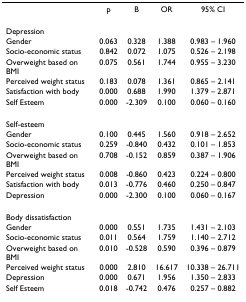
<table><thead><tr><td></td><td><b>p</b></td><td><b>B</b></td><td><b>OR</b></td><td><b>95% CI</b></td></tr></thead><tbody><tr><td>Depression</td><td></td><td></td><td></td><td></td></tr><tr><td>Gender</td><td>0.063</td><td>0.328</td><td>1.388</td><td>0.983 – 1.960</td></tr><tr><td>Socio-economic status</td><td>0.842</td><td>0.072</td><td>1.075</td><td>0.526 – 2.198</td></tr><tr><td>Overweight based on BMI</td><td>0.075</td><td>0.561</td><td>1.744</td><td>0.955 – 3.230</td></tr><tr><td>Perceived weight status</td><td>0.183</td><td>0.078</td><td>1.361</td><td>0.865 – 2.141</td></tr><tr><td>Satisfaction with body</td><td>0.000</td><td>0.688</td><td>1.990</td><td>1.379 – 2.871</td></tr><tr><td>Self Esteem</td><td>0.000</td><td>-2.309</td><td>0.100</td><td>0.060 – 0.160</td></tr><tr><td>Self-esteem</td><td></td><td></td><td></td><td></td></tr><tr><td>Gender</td><td>0.100</td><td>0.445</td><td>1.560</td><td>0.918 – 2.652</td></tr><tr><td>Socio-economic status</td><td>0.259</td><td>-0.840</td><td>0.432</td><td>0.101 – 1.853</td></tr><tr><td>Overweight based on BMI</td><td>0.708</td><td>-0.152</td><td>0.859</td><td>0.387 – 1.906</td></tr><tr><td>Perceived weight status</td><td>0.008</td><td>-0.860</td><td>0.423</td><td>0.224 – 0.800</td></tr><tr><td>Satisfaction with body</td><td>0.013</td><td>-0.776</td><td>0.460</td><td>0.250 – 0.847</td></tr><tr><td>Depression</td><td>0.000</td><td>-2.300</td><td>0.100</td><td>0.060 – 0.167</td></tr><tr><td>Body dissatisfaction</td><td></td><td></td><td></td><td></td></tr><tr><td>Gender</td><td>0.000</td><td>0.551</td><td>1.735</td><td>1.431 – 2.103</td></tr><tr><td>Socio-economic status</td><td>0.011</td><td>0.564</td><td>1.759</td><td>1.140 – 2.712</td></tr><tr><td>Overweight based on BMI</td><td>0.010</td><td>-0.528</td><td>0.590</td><td>0.396 – 0.879</td></tr><tr><td>Perceived weight status</td><td>0.000</td><td>2.810</td><td>16.617</td><td>10.338 – 26.711</td></tr><tr><td>Depression</td><td>0.000</td><td>0.671</td><td>1.956</td><td>1.350 – 2.833</td></tr><tr><td>Self Esteem</td><td>0.018</td><td>-0.742</td><td>0.476</td><td>0.257 – 0.882</td></tr></tbody></table>